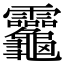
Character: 𪛈